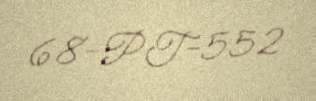
68-PT-552